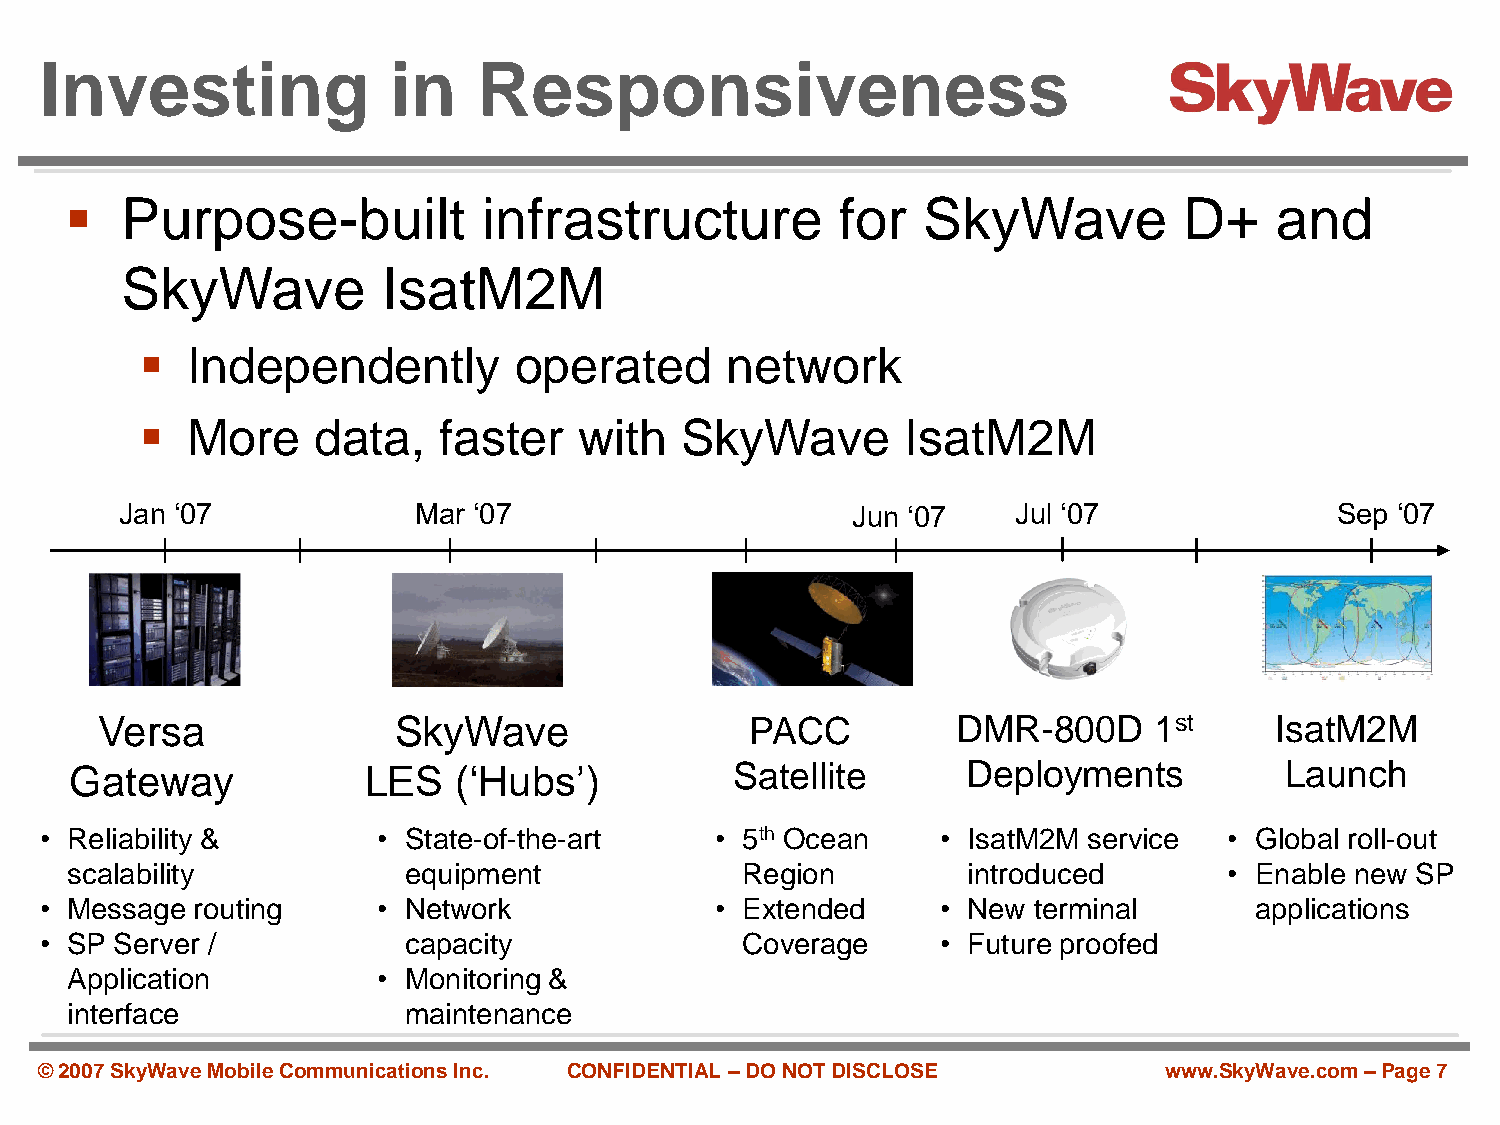
Investing              in    Responsiveness
    Purpose-built           infrastructure          for  SkyWave          D+    and
 SkyWave          IsatM2M
   Independently         operated      network
   More     data,   faster   with   SkyWave        IsatM2M
 Jan ‘07            Mar ‘07                      Jun ‘07    Jul ‘07              Sep ‘07
 Versa               SkyWave                 PACC         DMR-800D     1st     IsatM2M
 Gateway            LES   (‘Hubs’)           Satellite      Deployments          Launch
 • Reliability &       • State-of-the-art    • 5th Ocean    • IsatM2M service  • Global roll-out
 scalability            equipment             Region         introduced       • Enable new SP
 • Message routing     • Network             • Extended     • New terminal       applications
 • SP Server /           capacity              Coverage     • Future proofed
 Application          • Monitoring &
 interface              maintenance
 © 2007 SkyWave Mobile Communications Inc. CONFIDENTIAL –DO NOT DISCLOSE   www.SkyWave.com –Page 7